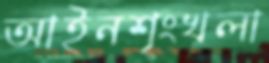
আইনশৃংখলা